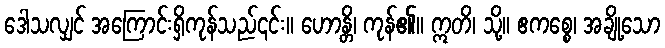
ဒေါသလျှင် အကြောင်းရှိကုန်သည်၎င်း။ ဟောန္တိ၊ ကုန်၏။ ဣတိ၊ သို့။ ဧကစ္စေ၊ အချို့သော